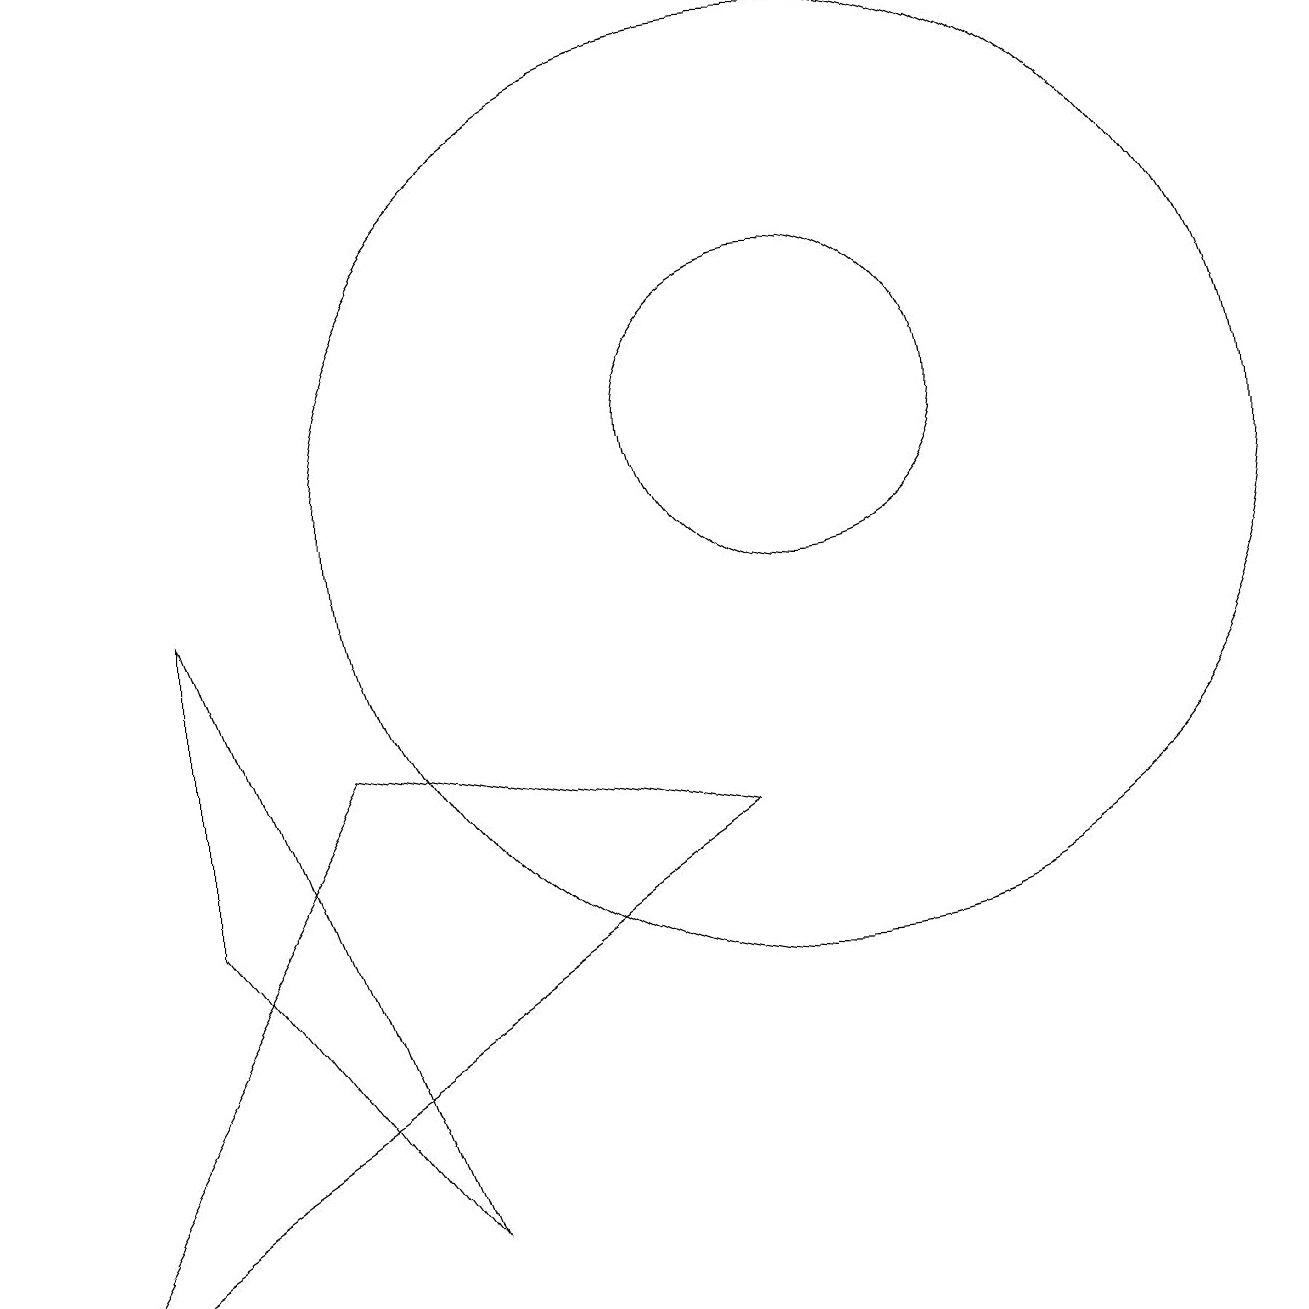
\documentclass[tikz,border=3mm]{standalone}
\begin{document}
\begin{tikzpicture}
\draw (2,5) -- (5,1) -- (2,9) -- cycle;
\draw (10,10) circle (6);
\draw (10,11) circle (2);
\draw (4,7) -- (0,0) -- (9,6) -- cycle;
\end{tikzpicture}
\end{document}